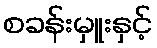
စခန်းမှူးနှင့်